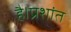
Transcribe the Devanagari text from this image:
है।प्रशांत